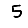
Digit: 5